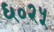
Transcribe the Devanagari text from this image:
६०२५